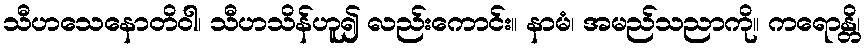
သီဟသေနောတိဝါ၊ သီဟသိန်ဟူ၍ လည်းကောင်း။ နာမံ၊ အမည်သညာကို။ ကရောန္တိ၊